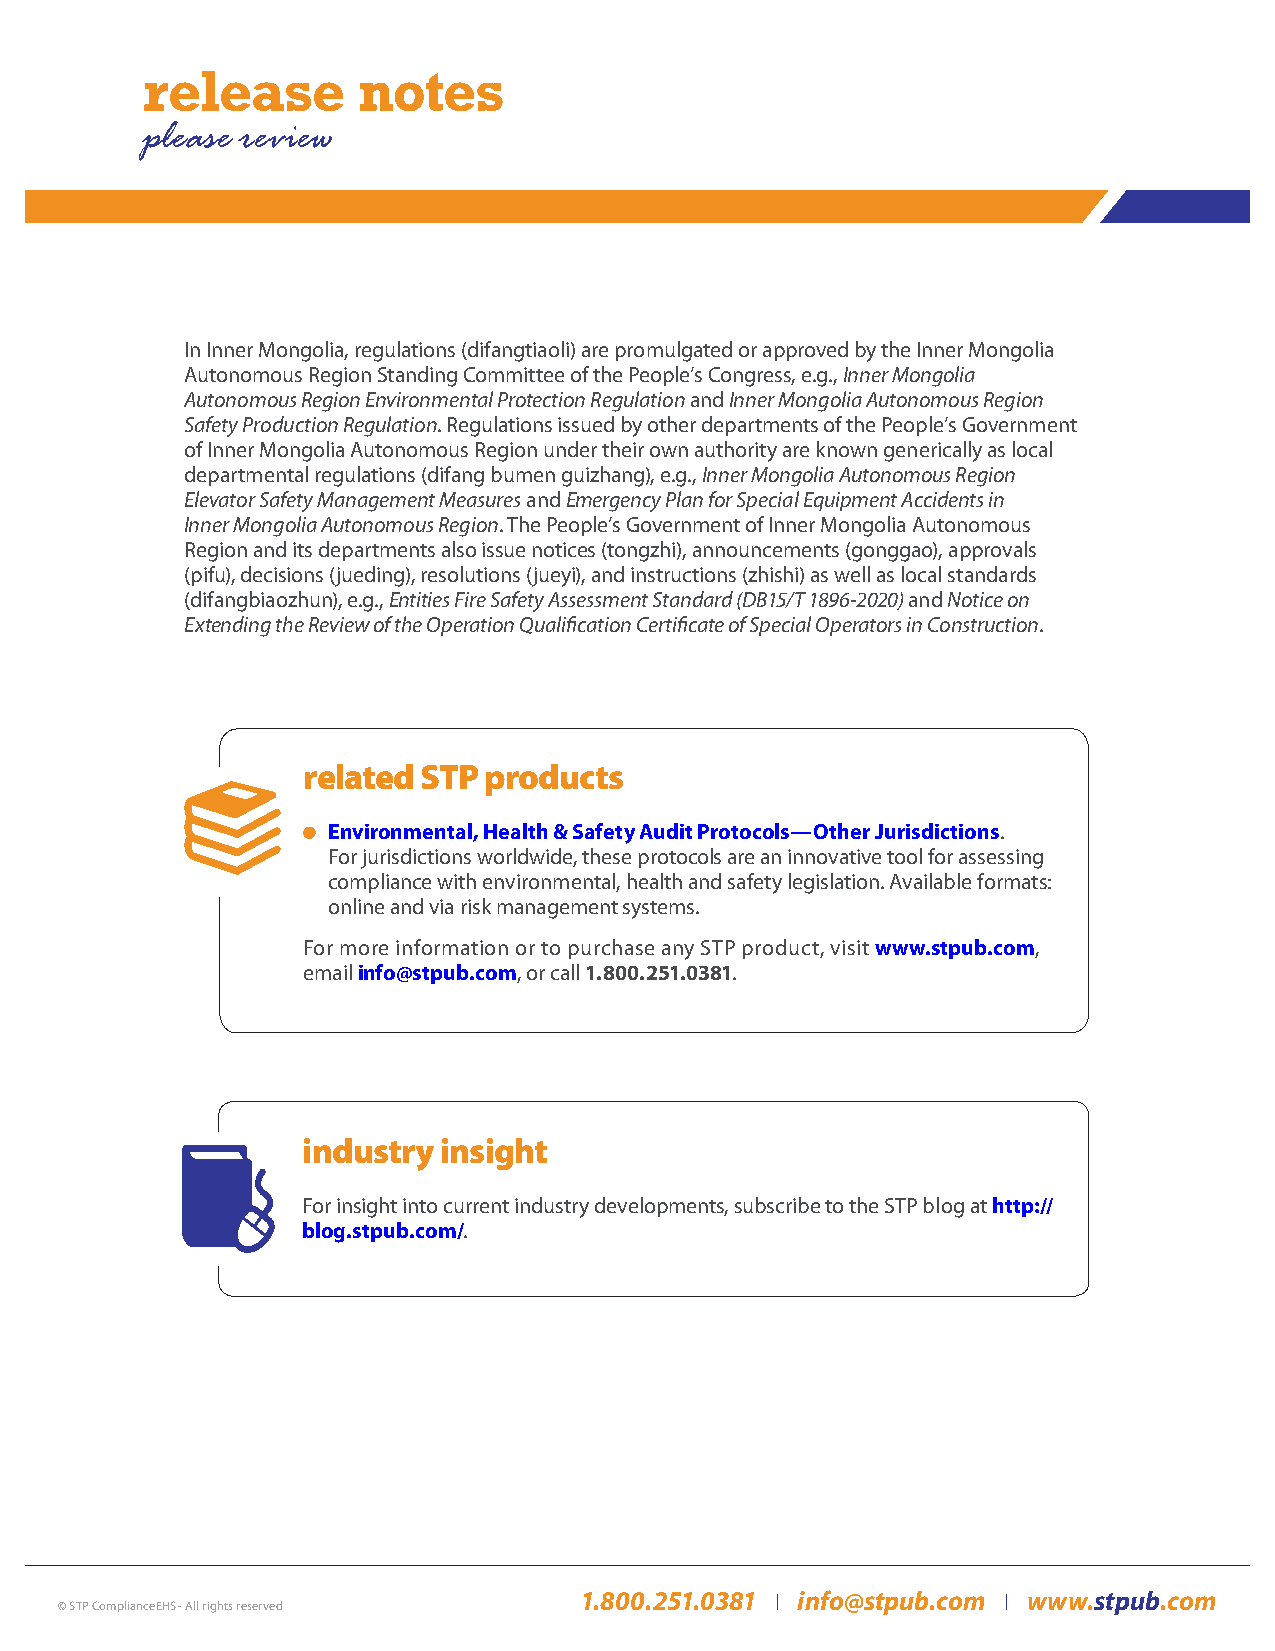
please review
 In Inner Mongolia, regulations (difangtiaoli) are promulgated or approved by the Inner Mongolia
 Autonomous Region Standing Committee of the People’s Congress, e.g., Inner Mongolia
 Autonomous Region Environmental Protection Regulation and Inner Mongolia Autonomous Region
 Safety Production Regulation. Regulations issued by other departments of the People’s Government
 of Inner Mongolia Autonomous Region under their own authority are known generically as local
 departmental regulations (difang bumen guizhang), e.g., Inner Mongolia Autonomous Region
 Elevator Safety Management Measures and Emergency Plan for Special Equipment Accidents in
 Inner Mongolia Autonomous Region. The People’s Government of Inner Mongolia Autonomous
 Region and its departments also issue notices (tongzhi), announcements (gonggao), approvals
 (pifu), decisions (jueding), resolutions (jueyi), and instructions (zhishi) as well as local standards
 (difangbiaozhun), e.g., Entities Fire Safety Assessment Standard (DB15/T 1896-2020) and Notice on
 Extending the Review of the Operation Qualification Certificate of Special Operators in Construction.
 related STP products
 Environmental, Health & Safety Audit Protocols—Other Jurisdictions.
 For jurisdictions worldwide, these protocols are an innovative tool for assessing
 compliance with environmental, health and safety legislation. Available formats:
 online and via risk management systems.
 For more information or to purchase any STP product, visit www.stpub.com,
 email info@stpub.com, or call 1.800.251.0381.
 industry insight
 For insight into current industry developments, subscribe to the STP blog at http://
 blog.stpub.com/.
 1.800.251.0381 info@stpub.com www.stpub.com
 © STP ComplianceEHS - All rights reserved